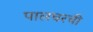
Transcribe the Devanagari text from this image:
पालघरची